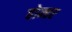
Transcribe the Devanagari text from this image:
होन्हर